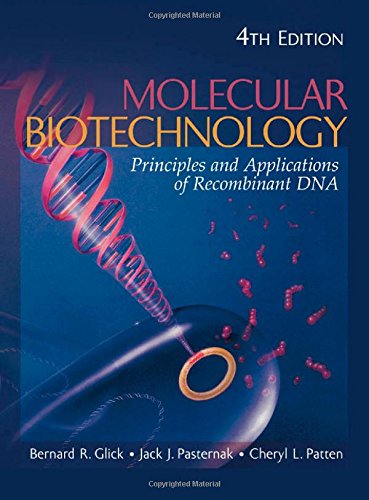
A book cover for Molecular Biotechnology: Principles and Applications of Recombinant DNA; Bernard R. Glick; Medical Books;